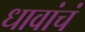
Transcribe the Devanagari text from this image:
धावांचं